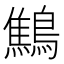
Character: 鷦